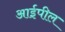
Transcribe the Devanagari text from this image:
आईपील